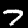
Digit: 7